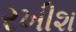
રખીશ